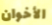
الأخوان